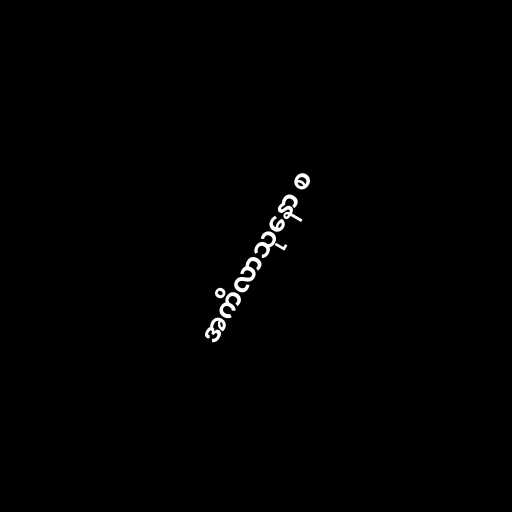
အကိလာသုနော စ